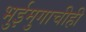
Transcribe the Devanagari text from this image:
भुईमुगाचीही